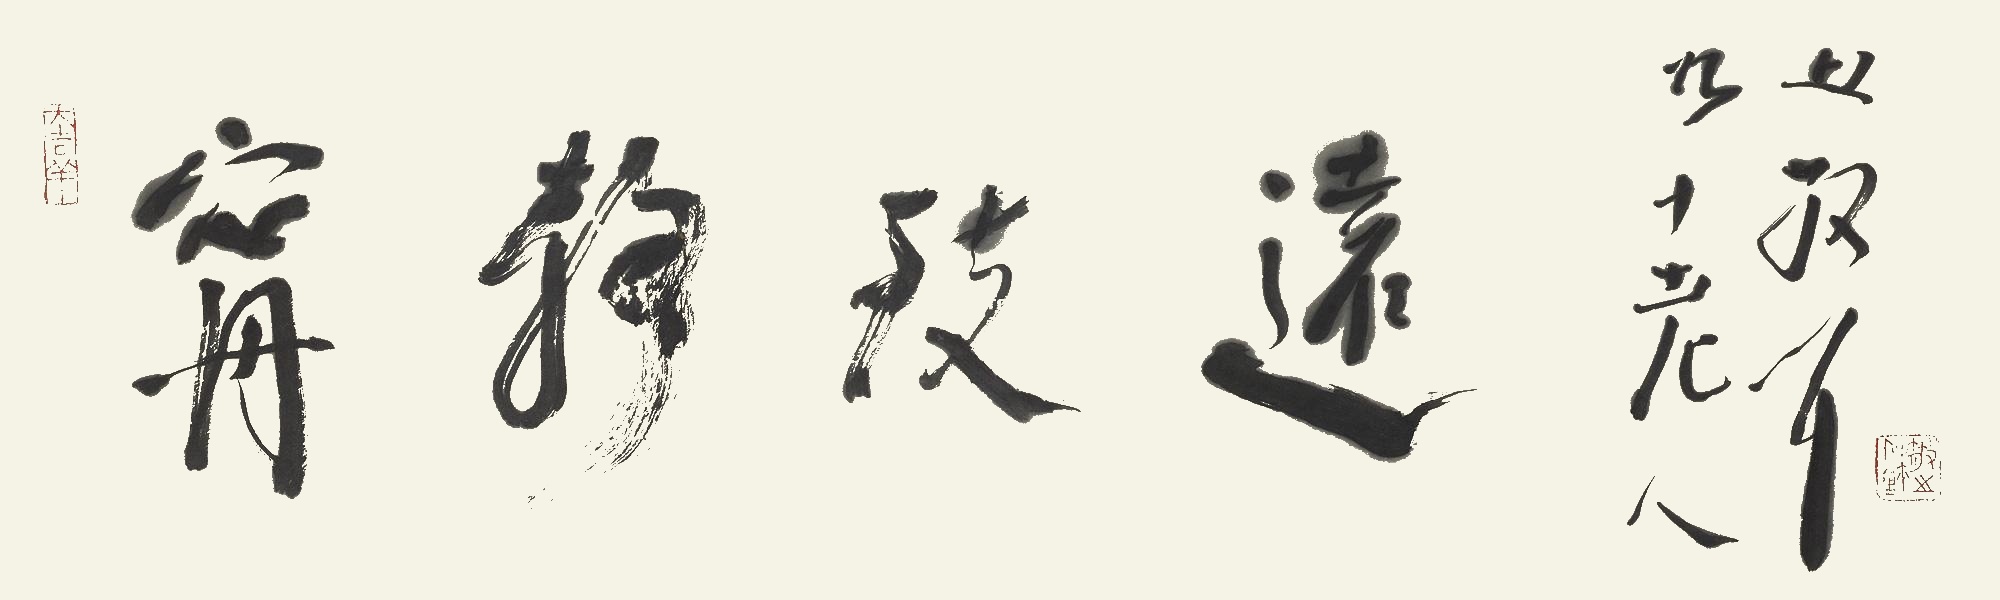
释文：宁静致远。九十老人林散耳。